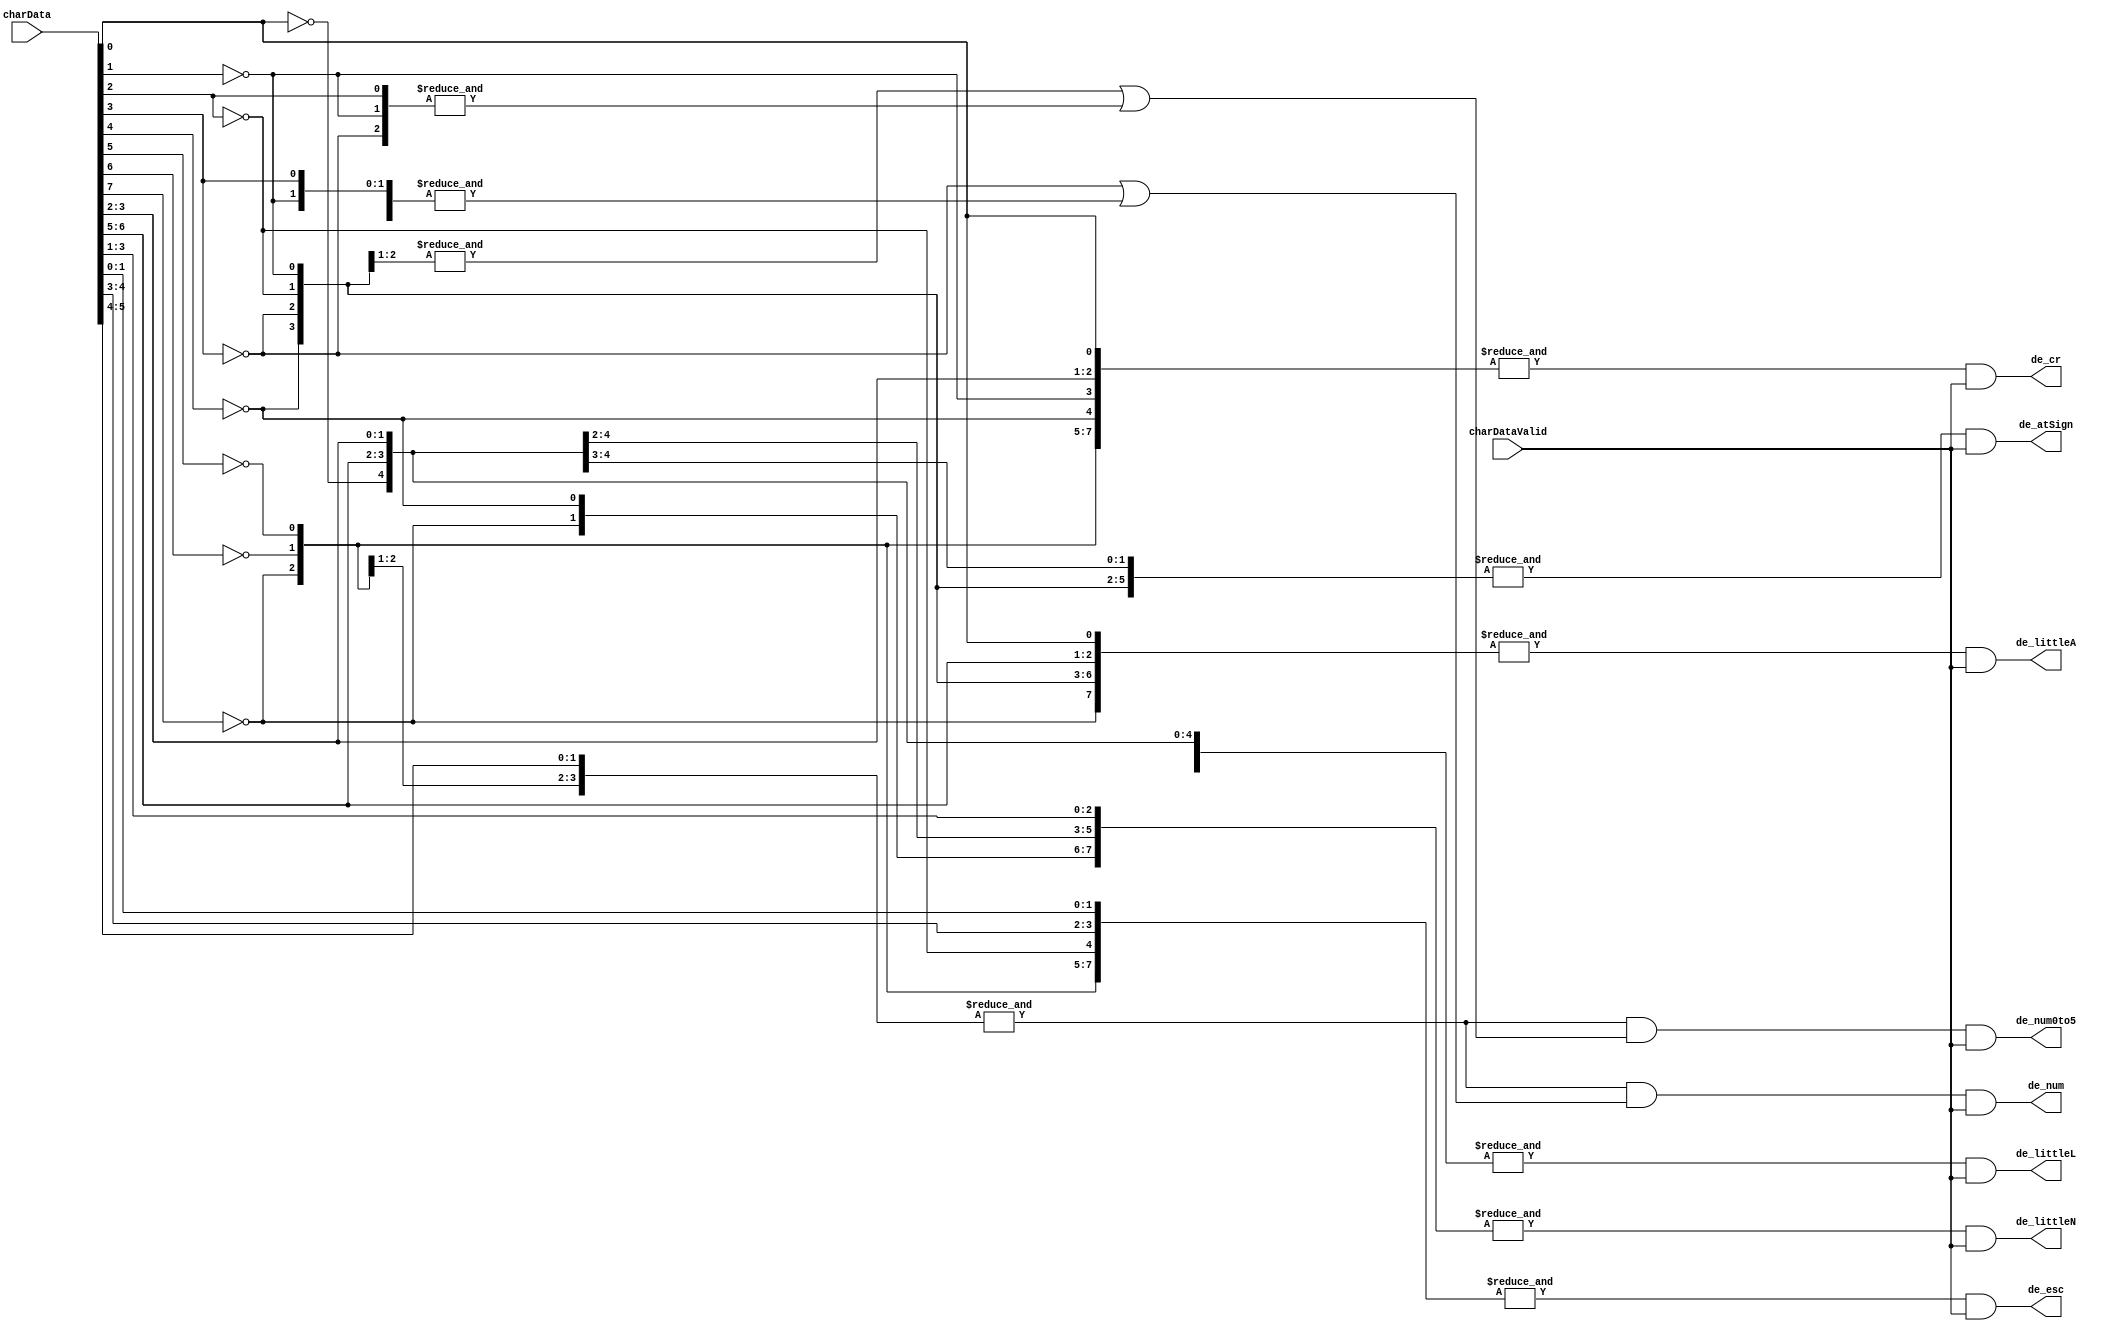

// --------------------------------------------------------------------
// >>>>>>>>>>>>>>>>>>>>>>>>> COPYRIGHT NOTICE <<<<<<<<<<<<<<<<<<<<<<<<<
// --------------------------------------------------------------------
// Copyright (c) 2019 by UCSD CSE 140L
// --------------------------------------------------------------------
//
// Permission:
//
//   This code for use in UCSD CSE 140L.
//   It is synthesisable for Lattice iCEstick 40HX.  
//
// Disclaimer:
//
//   This Verilog source code is intended as a design reference
//   which illustrates how these types of functions can be implemented.
//   It is the user's responsibility to verify their design for
//   consistency and functionality through the use of formal
//   verification methods.  
//
// -------------------------------------------------------------------- //           
//                     Lih-Feng Tsaur
//                     Bryan Chin
//                     UCSD CSE Department
//                     9500 Gilman Dr, La Jolla, CA 92093
//                     U.S.A
//
// --------------------------------------------------------------------
//
//
//  decodeKeys
//
// decode the 8 bit ascii input charData when
// charDataValid is asserted.
// specifically, we decode
//   'ESC' - escape key
//   '0-9'
//   '0-5'
//   'CR' - carriage return
//   '@'
//   'a'
//   'l' - lowercase L
//   'n'
//
module decodeKeys(
		  output      de_esc,
		  output      de_num,
		  output      de_num0to5, 
		  output      de_cr,
		  output      de_atSign,
		  output      de_littleA,
		  output      de_littleL,
		  output      de_littleN,
		  input [7:0] charData,
		  input       charDataValid
		  );


   wire 		      is_b0_1 = charData[0];
   wire 		      is_b1_1 = charData[1];
   wire 		      is_b2_1 = charData[2];
   wire 		      is_b3_1 = charData[3];
   wire 		      is_b4_1 = charData[4];
   wire 		      is_b5_1 = charData[5];
   wire 		      is_b6_1 = charData[6];
   wire 		      is_b7_1 = charData[7];
   wire 		      is_b0_0 = ~charData[0];
   wire 		      is_b1_0 = ~charData[1];
   wire 		      is_b2_0 = ~charData[2];
   wire 		      is_b3_0 = ~charData[3];
   wire 		      is_b4_0 = ~charData[4];
   wire 		      is_b5_0 = ~charData[5];
   wire 		      is_b6_0 = ~charData[6];
   wire 		      is_b7_0 = ~charData[7];
   

   // esc - 1b
   assign de_esc = &{is_b7_0, is_b6_0, is_b5_0, is_b4_1,
                     is_b3_1, is_b2_0, is_b1_1, is_b0_1} & charDataValid;

   // 0-5
   assign de_num0to5 = &{is_b7_0, is_b6_0, is_b5_1, is_b4_1} &
		      (&{is_b3_0, is_b2_0} |   // 0, 1, 2, 3
		       &{is_b3_0, is_b2_1, is_b1_0}) & // 4, 5
		      charDataValid;
   
   // 0-9
   assign de_num = &{is_b7_0, is_b6_0 , is_b5_1, is_b4_1} & 
		   (is_b3_0 |   // 0-7
		    &{is_b3_1, is_b2_0, is_b1_0}) & // 8,9
		   charDataValid;      

   assign de_cr = &{is_b7_0, is_b6_0, is_b5_0, is_b4_0, is_b3_1, is_b2_1, is_b1_0, is_b0_1} & 
		  charDataValid;

   // "a" = 61
   assign de_littleA = &{is_b7_0, is_b6_1, is_b5_1, is_b4_0, is_b3_0, is_b2_0, is_b1_0, is_b0_1} & 
		    charDataValid;
   // "l" = 6C
   assign de_littleL = &{is_b7_0, is_b6_1, is_b5_1, is_b4_0, is_b3_1, is_b2_1, is_b1_0, is_b0_0} & 
		    charDataValid;

   // "n" = 6E
   assign de_littleN = &{is_b7_0, is_b6_1, is_b5_1, is_b4_0, is_b3_1, is_b2_1, is_b1_1, is_b0_0} & 
		    charDataValid;

   // "@" = 40
   assign de_atSign = &{is_b7_0, is_b6_1, is_b5_0, is_b4_0, is_b3_0, is_b2_0, is_b1_0, is_b0_0} & 
		    charDataValid;
   
endmodule